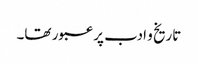
تاریخ و ادب پر عبور تھا۔